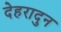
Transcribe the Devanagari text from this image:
देहरादुन